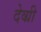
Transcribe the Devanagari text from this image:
देव्ग्री